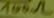
Text: 100Ω